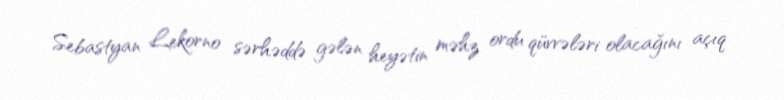
Sebastyan Lekorno sərhəddə gələn heyətin məhz ordu qüvvələri olacağını açıq